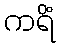
ကရိံ